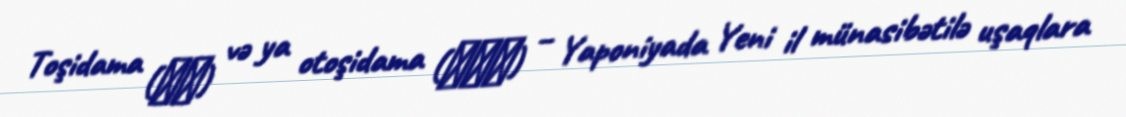
Toşidama (年玉) və ya otoşidama (御年玉) – Yaponiyada Yeni il münasibətilə uşaqlara